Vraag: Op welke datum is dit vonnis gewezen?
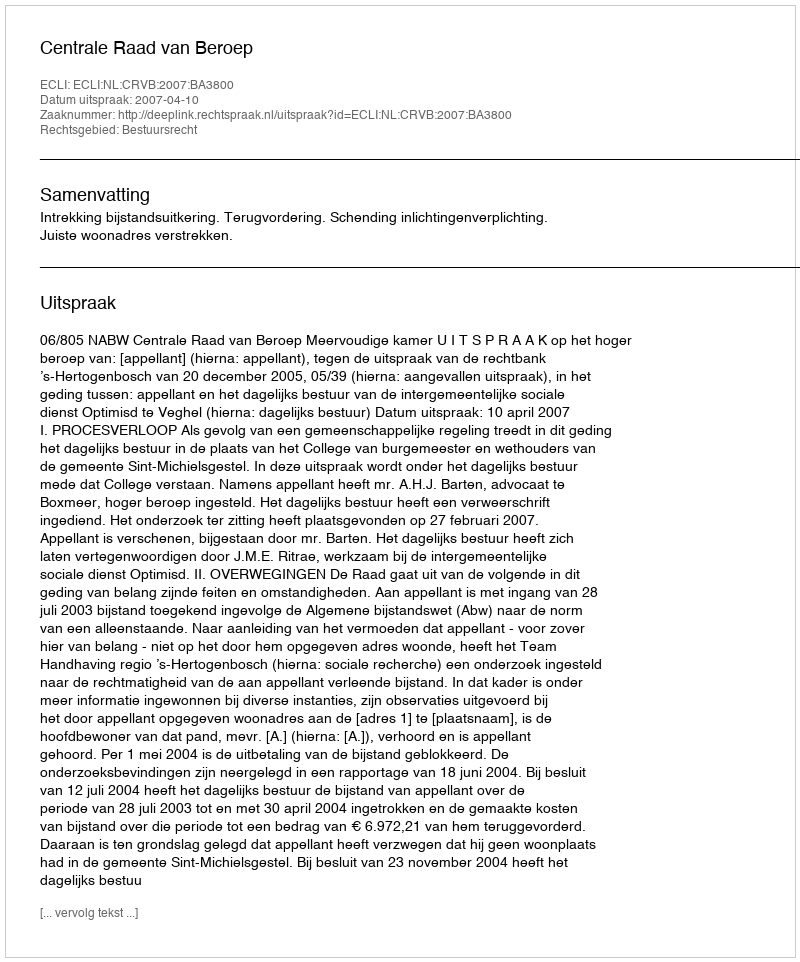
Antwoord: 2007-04-10